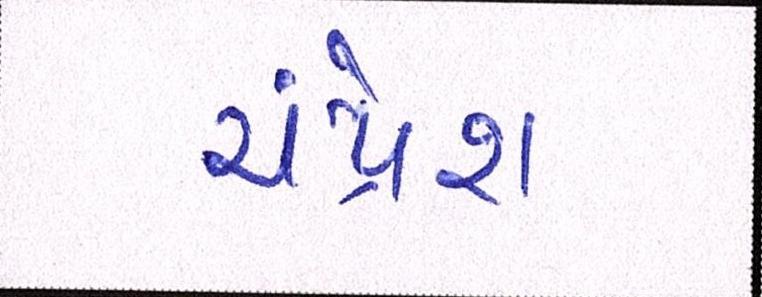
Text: ચંદ્રેશ